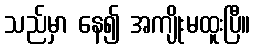
သည်မှာ နေ၍ အကျိုးမထူးပြီ။